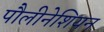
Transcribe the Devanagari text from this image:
पौलीनेशियन